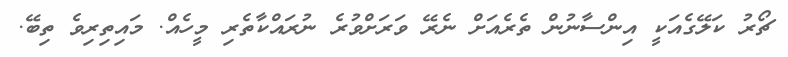
ޗޯރު ކަލޭގެއަކީ އިންސާނުން ތެރެއަށް ނެރޭ ވަރަށްވުރެ ނުރައްކާތެރި މީހެއް. މައިތިރިވެ ތިބޭ.